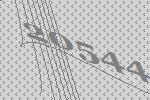
20544